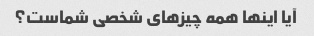
آیا اینها همه چیزهای شخصی شماست؟